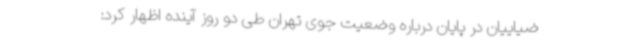
ضیاییان در پایان درباره وضعیت جوی تهران طی دو روز آینده اظهار کرد: